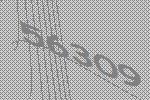
56309